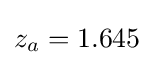
z_{a}=1.645